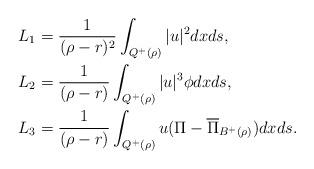
LaTeX: \begin{align*}L_{1} &= \frac{1}{(\rho-r)^2} \int_{Q^{+}(\rho)} |u|^{2} dxds, \\L_{2} &= \frac{1}{(\rho-r)} \int_{Q^{+}(\rho)} |u|^{3} \phi dxds, \\L_{3} &= \frac{1}{(\rho-r)} \int_{Q^{+}(\rho)} u(\Pi-\overline{\Pi}_{B^{+}(\rho)} ) dxds.\end{align*}